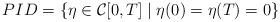
LaTeX: \begin{align*}PID=\{\eta \in {\cal {C}}[0,T]\mid \eta (0)=\eta (T)=0\}\end{align*}